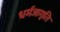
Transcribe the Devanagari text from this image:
धर्मजागृति